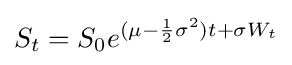
S_{t}=S_{0}e^{(\mu -{\frac {1}{2}}\sigma ^{2})t+\sigma W_{t}}